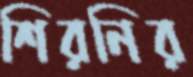
শিরনির